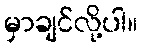
မှာချင်လို့ပါ။